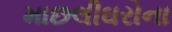
માછલીઘરોના